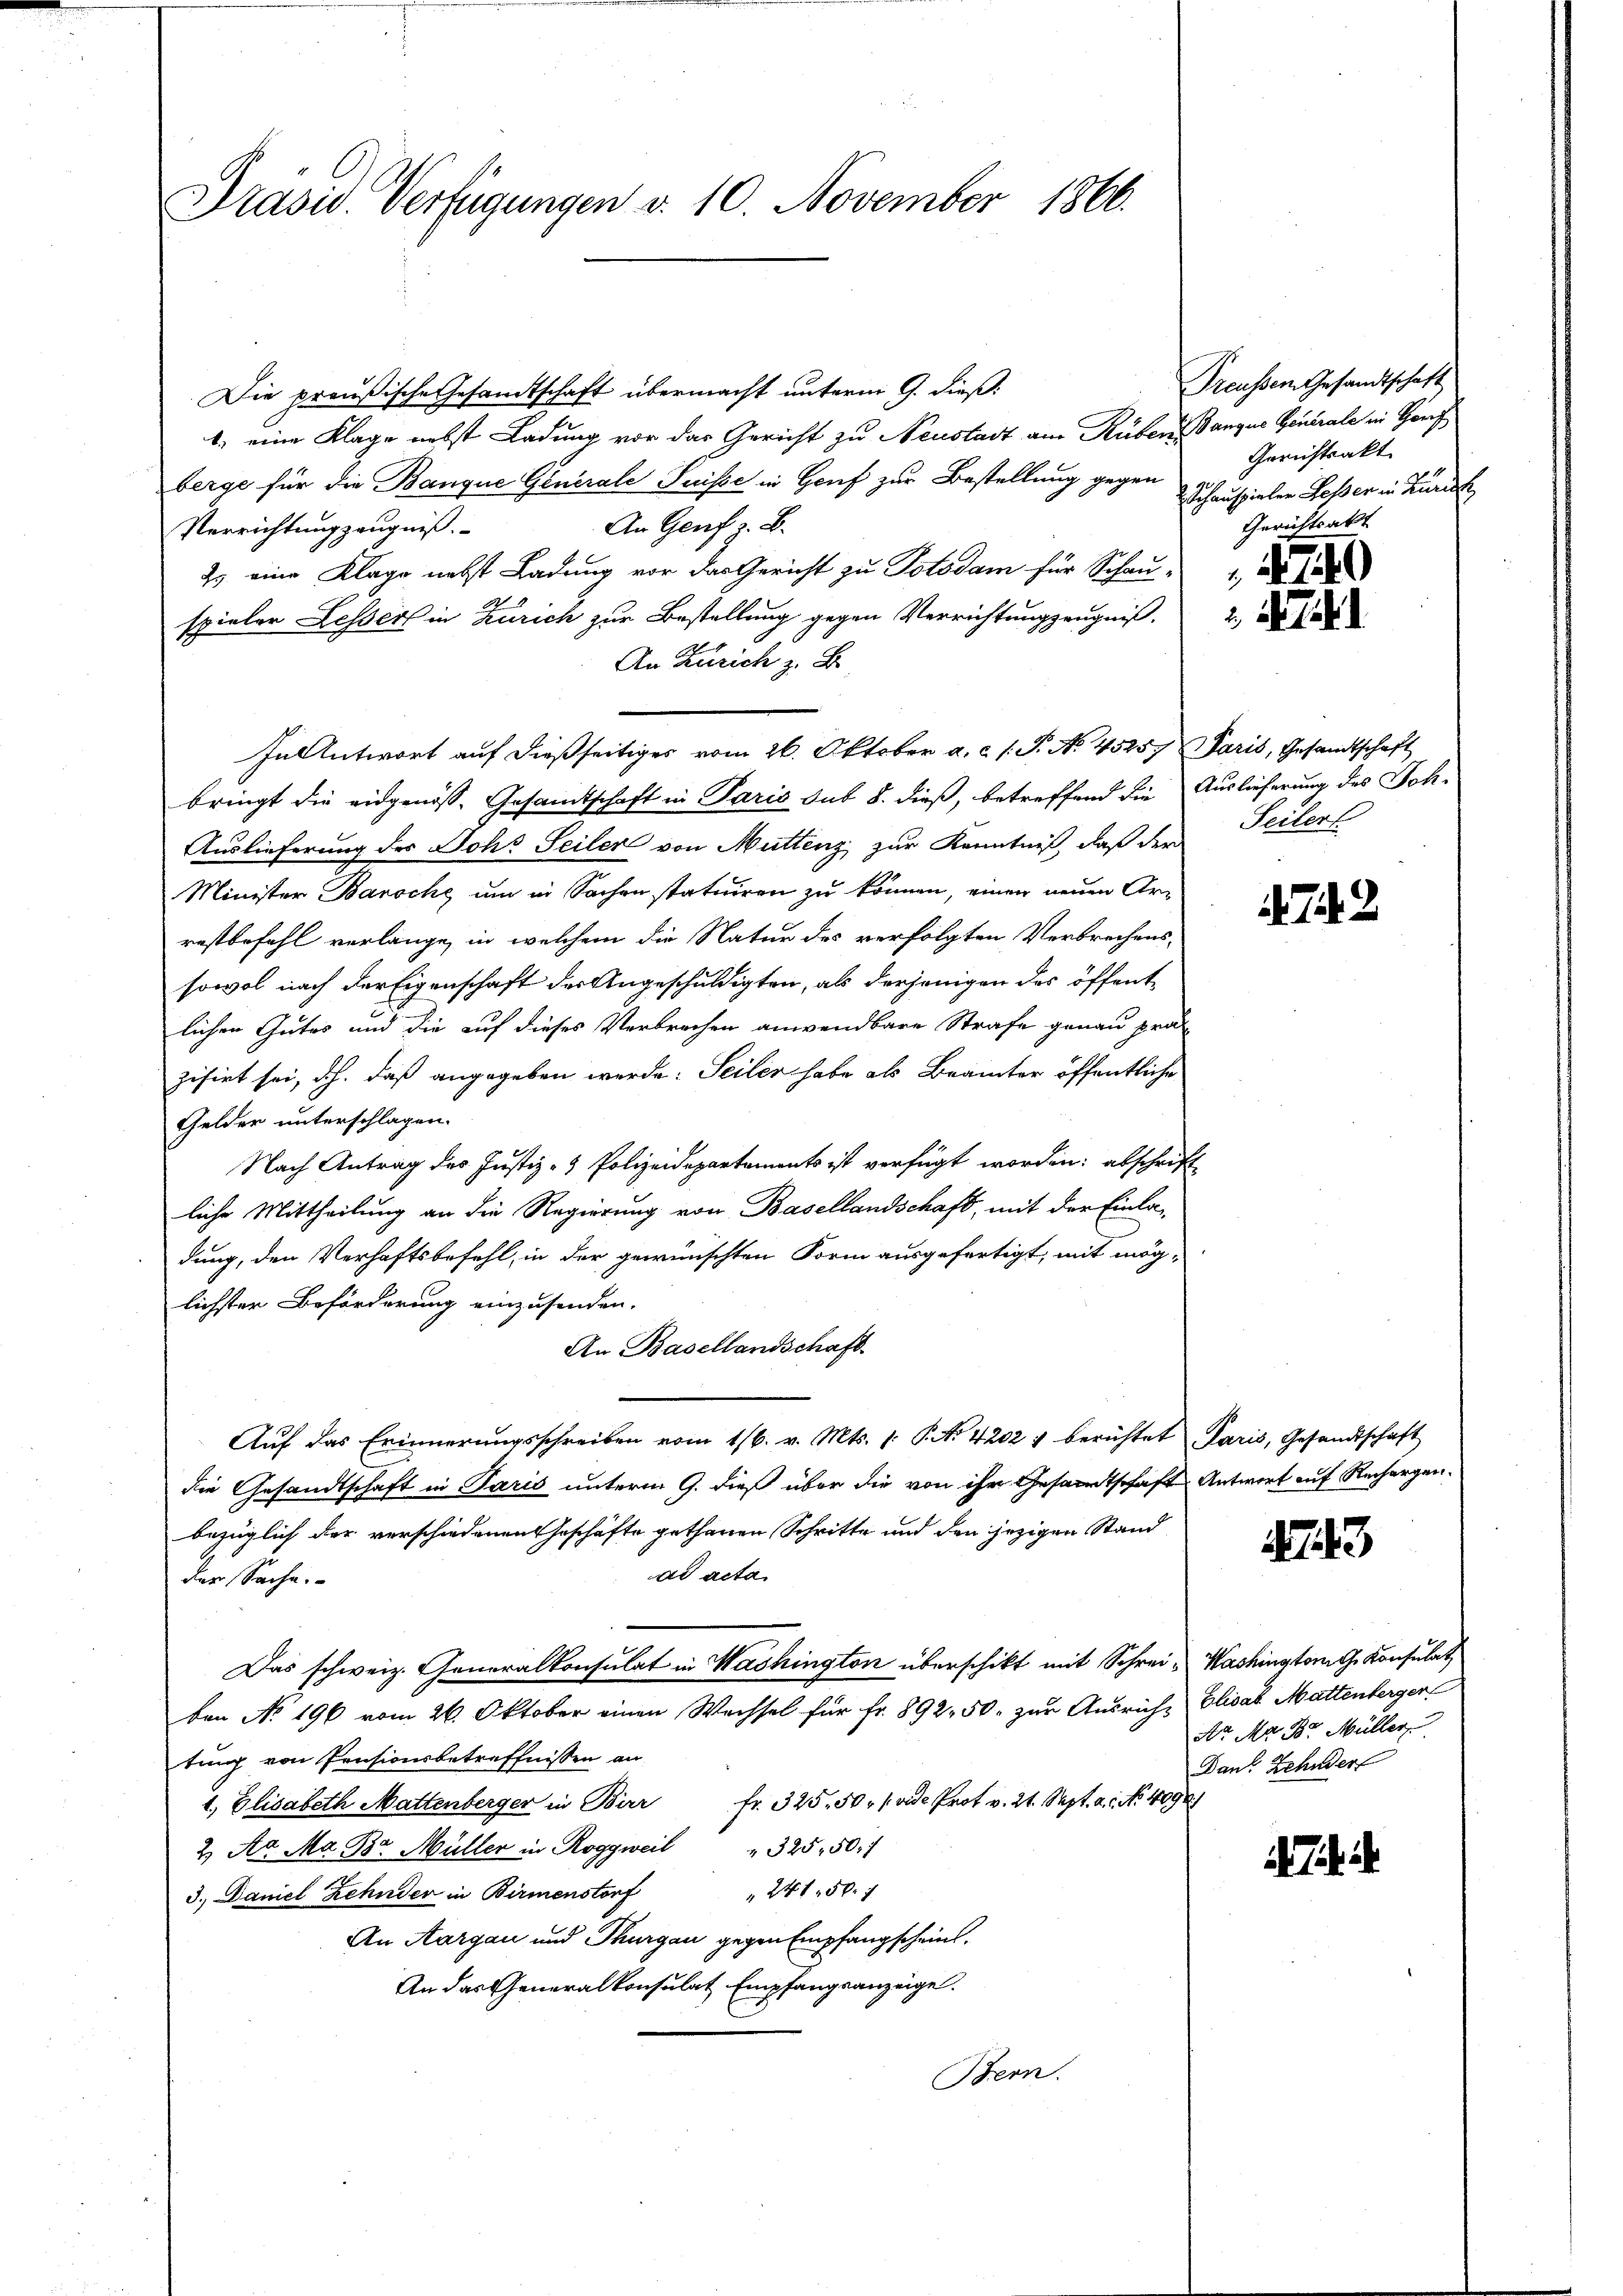
Prasiv. Verfügungen d. 10. November 1866.

Die preußische Gesandtschaft übermacht unterm 9. dieß:
1) eine Klage nebst Ladung vor das Gericht zu Neustadt am Rüben, Banque Generale in Hönfberge für die Banque Generale Suisse in Genf zur Bestellung gegen Schauspieler Leser in Be
An Genf z. B.
Verrichtungzeugniß.
2s eine Klage nebst Ladung vor das Gericht zu Potsdam für Schau-
spieler Lesser in Zürich zur Bestellung gegen Verrichtungszeugniß.
An Zürich z. B.
In Antwort auf dießseitiges vom 26. Oktober a. c. s. S. No. 45257 Paris, Gesandtschaft
bringt die eidgenös. Gesamtschaft in Paris sub 8. dieß, betreffend die Auslieferung des Joh-
Auslieferung des Johr Seiler von Muttenz zur Kenntniß, daß der Seiterf
Minister Baroche um in Sachen statuiren zu können, einen neuen Ar-
restbefehl verlange, in welchem die Natur des verfolgten Verbrechens-
sowol nach der Eigenschaft der Angeschuldigten, als derjenigen des öffent-
lichen Gutes und die auf dieses Verbrechen anwendbare Strafe genau prä
zisirt sei, d.h. daß angegeben werde: Seiler habe als Brämter öffentliche
Gelder unterschlagen.
Nach Antrag des Justiz- & Polizeidepartements ist verfügt worden: abschrift
liche Mittheilung an die Regierung von Basellandschaft, mit der Einladung, den Verhaftsbefehl, in der gewünschten Form ausgefertigt, mit möglichster Beförderung einzusenden.
An Basellandschaft
Auf das Erinnerungsschreiben vom 1/6. v. Mts. (: P. No. 4202 : berichtet Paris, Gesandtschaft
die Gesandtschaft in Paris unterm 9. dieß über die von ihr Gesammtschaft Antwort auf Rechergen.
bezüglich der verschiedenen Geschäfte gethanen Schritte und den jezigen Stand
ad acta
der Sache.
Das schweiz. Generalkonsulat in Washington überschikt mit Schrei- Washington G. Konsulat
ben No. 196 vom 26. Oktober einen Wechsel für Fr. 892. 50. zur Ausricht Elisab Mattenberger
tung von Pensionsbetreffnissen an
fr. 325, 50 f ande Prof. v. 24. Sept. a. No. 409.
1.) Elisabeth Mattenberger in Birr
2 Aa Ma Br. Müller in Roggweil " 325. 50. 1
24150. 7
3.) Daniel Zehnder in Birmenstorf
An Aargau und Thurgau gegen Empfangscheins¬
An das Generalkonsulat Empfangsanzeige.
Bern.

Preusser Gesandtschaft
Gerichtsakt
Gerichtsakt
2740

.

72

43

Ao Ma Dr. Müller
Dan Zehnder